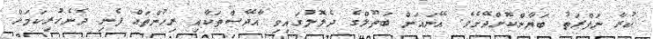
ކުރާ ނަފްރަތު ބަޔާންކޮށްދޭށެވެ. އޭނައަށް ބަތޫލްގެ ދެލޮލުގައިވި އާދޭސްތަކާއި ރިހުންތައް ފެނި ދެނެހުރިކަމަށް